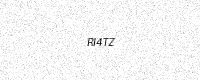
Text: RI4TZ